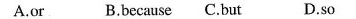
A.or B.Because C.But D.so